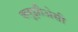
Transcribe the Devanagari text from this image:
क्लुझीअेसी